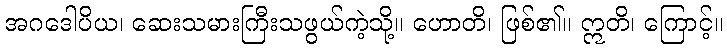
အဂဒေါပိယ၊ ဆေးသမားကြီးသဖွယ်ကဲ့သို့။ ဟောတိ၊ ဖြစ်၏။ ဣတိ၊ ကြောင့်။